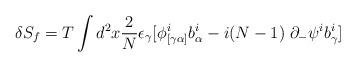
LaTeX: \begin{align*}\delta S_f = T\int d^2x {2\over N} \epsilon_\gamma[\phi^i_{[\gamma \alpha]}b^i_\alpha - i(N-1)\;\partial_-\psi^i b^i_\gamma]\end{align*}